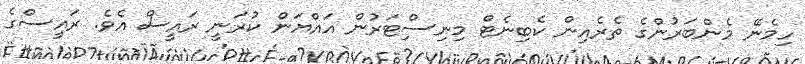
ހިމެނޭ މެންބަރުންގެ ތެރެއިން ކެބިނެޓް މިނިސްިޓަރުން އައްޔަން ކުރަނީ ރައީސް އެވެ. ރައީސްގެ